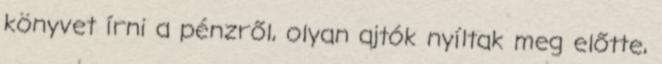
könyvet írni a pénzről, olyan ajtók nyíltak meg előtte,